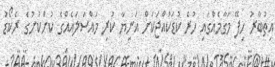
އިތުބާރު ހިފޭ މަގާމެއްގައި ހުރެ ކުޑަކުއްޖަކަށް އަނިޔާ ކުރި މައްސަލައެއްގެ ކުށްކުށުގެ ރެކޯޑު